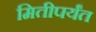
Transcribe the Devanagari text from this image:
मितीपर्यंत